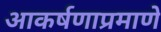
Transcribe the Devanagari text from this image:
आकर्षणाप्रमाणे